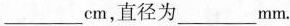
___cm，直径为___mm。